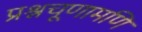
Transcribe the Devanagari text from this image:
प्रश्नचूणामणि